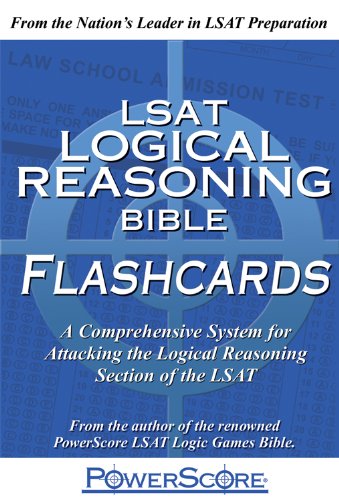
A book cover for The PowerScore LSAT Logical Reasoning Bible Flashcards (Powerscore Test Preparation); David M. Killoran; Test Preparation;